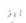
بايز